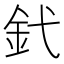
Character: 釴